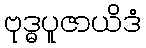
ဗုဒ္ဓပူဇာယိဒံ